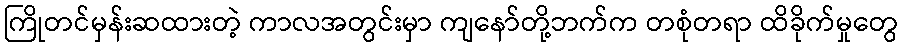
ကြိုတင်မှန်းဆထားတဲ့ ကာလအတွင်းမှာ ကျနော်တို့ဘက်က တစုံတရာ ထိခိုက်မှုတွေ